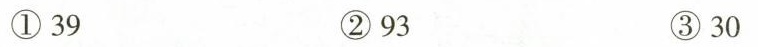
①39 ②93 ③30